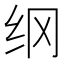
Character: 纲